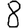
Digit: 8